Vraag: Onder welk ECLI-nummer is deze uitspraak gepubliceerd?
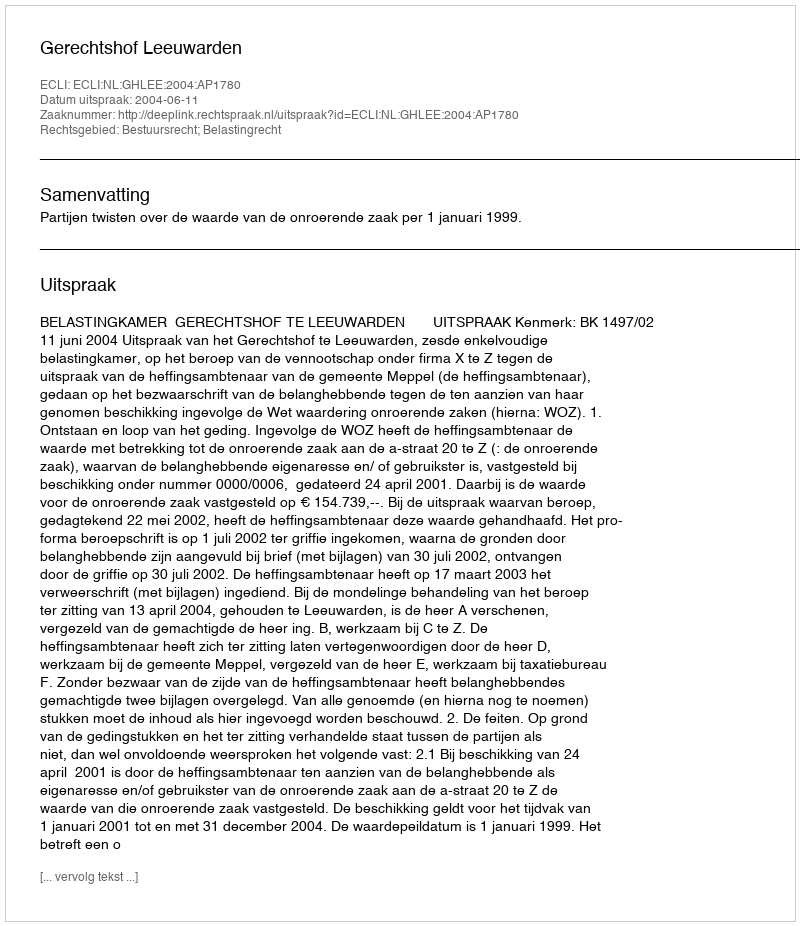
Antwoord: ECLI:NL:GHLEE:2004:AP1780